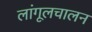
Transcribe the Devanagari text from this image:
लांगूलचालन